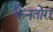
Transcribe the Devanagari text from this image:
कैनतोरा